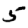
Digit: 5